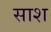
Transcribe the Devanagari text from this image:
साश